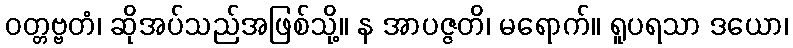
ဝတ္တဗ္ဗတံ၊ ဆိုအပ်သည်အဖြစ်သို့။ န အာပဇ္ဇတိ၊ မရောက်။ ရူပရသာ ဒယော၊